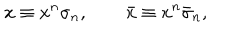
x \equiv x ^ { n } \sigma _ { n } , \qquad \bar { x } \equiv x ^ { n } \bar { \sigma } _ { n } ,